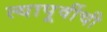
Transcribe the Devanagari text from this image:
त्यापूर्वीची